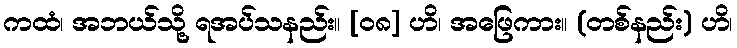
ကထံ၊ အဘယ်သို့ ရအပ်သနည်း။ [၀၈] ဟိ၊ အဖြေကား။ (တစ်နည်း) ဟိ၊